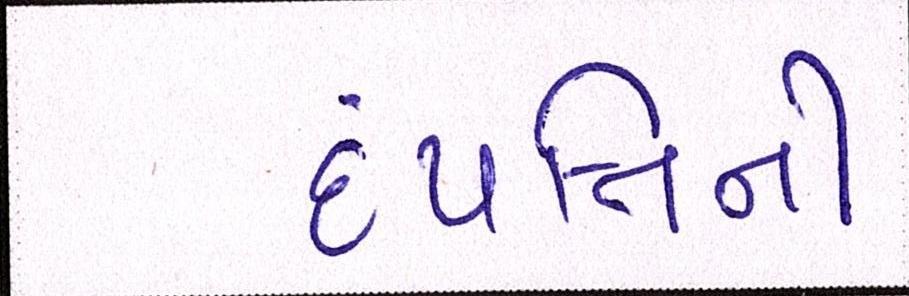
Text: દંપત્તિને